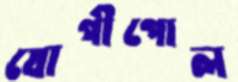
যোগীপোল